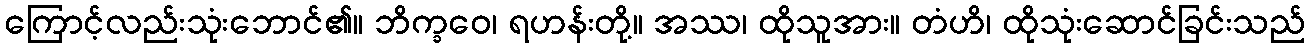
ကြောင့်လည်းသုံးဘောင်၏။ ဘိက္ခဝေ၊ ရဟန်းတို့။ အဿ၊ ထိုသူအား။ တံဟိ၊ ထိုသုံးဆောင်ခြင်းသည်